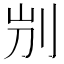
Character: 𠛕